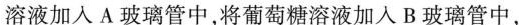
溶液加入A玻璃管中，将葡萄糖溶液加入B玻璃管中，